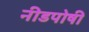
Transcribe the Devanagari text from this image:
नीडपोषी